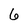
Character: 6